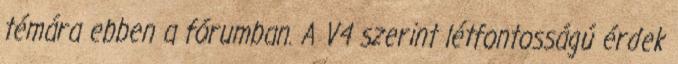
témára ebben a fórumban. A V4 szerint létfontosságú érdek